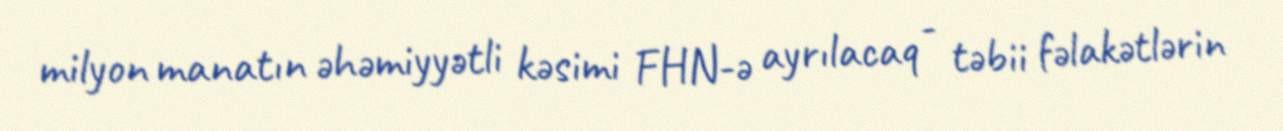
milyon manatın əhəmiyyətli kəsimi FHN-ə ayrılacaq - təbii fəlakətlərin